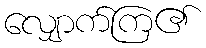
လျှောက်ကြ၏